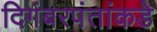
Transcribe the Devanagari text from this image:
दिगंबरपंतांकडे